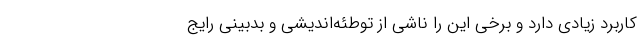
کاربرد زیادی دارد و برخی این را ناشی از توطئه‌اندیشی و بدبینی رایج